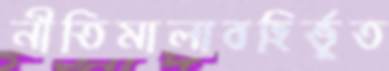
নীতিমালাবহির্ভূত